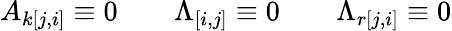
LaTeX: A_{k[j,i]}\equiv 0\qquad\Lambda_{[i,j]}\equiv 0\qquad\Lambda_{r[j,i]}\equiv 0